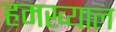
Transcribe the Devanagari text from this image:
हमख्याल